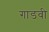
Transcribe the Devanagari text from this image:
गाडवी